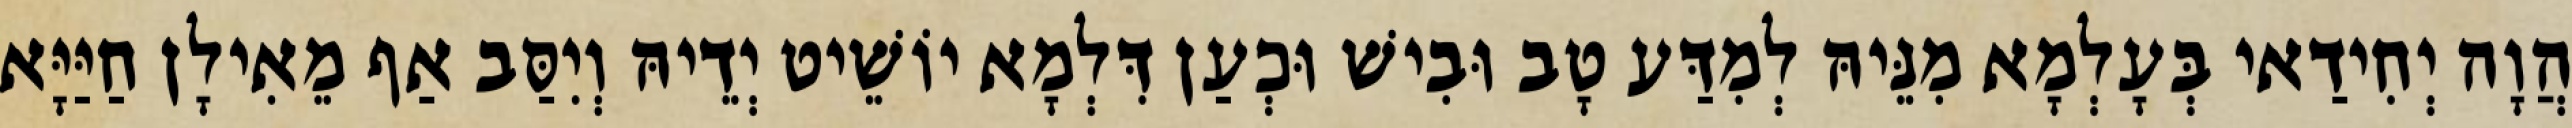
הֲוָה יְחִידַאי בְּעָלְמָא מִנֵּיהּ לְמִדַּע טָב וּבִישׁ וּכְעַן דִּלְמָא יוֹשֵׁיט יְדֵיהּ וְיִסַּב אַף מֵאִילָן חַיַּיָּא